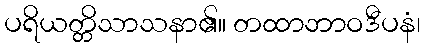
ပရိယတ္တိသာသနာ၏။ တထာဘာဝဒီပနံ၊